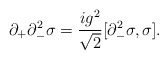
\begin{align*}\partial_{+}\partial_{-}^{2}\sigma ={ig^{2}\over\sqrt{2}}[\partial_{-}^{2}\sigma ,\sigma].\end{align*}